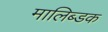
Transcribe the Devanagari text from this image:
मालिब्डक